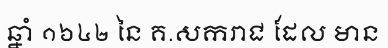
ឆ្នាំ ១៦៤២ នៃ គ.សករាជ ដែល មាន